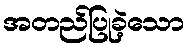
အတည်ပြုခဲ့သော